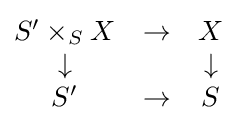
{\begin{matrix}S'\times _{S}X&\to &X\\\downarrow &&\downarrow \\S'&\to &S\end{matrix}}